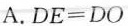
A.$$D E = D O$$